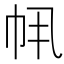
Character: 𫷂